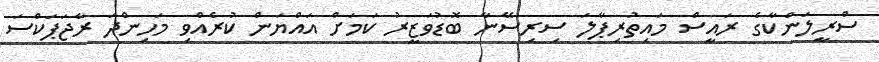
ސްރީލަންކާގެ ރައީސް މައިތުރިޕާލަ ސިރިސޭނާ ބޮޑުވަޒީރު ކަމަށް އައްޔަން ކުރެއްވި މަހިންދަ ރާޖަޕަކްސަ